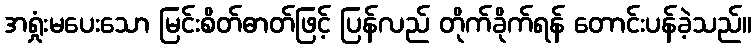
အရှုံးမပေးသော မြင်းစိတ်ဓာတ်ဖြင့် ပြန်လည် တိုက်ခိုက်ရန် တောင်းပန်ခဲ့သည်။